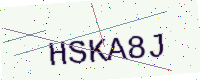
Text: HSKA8J